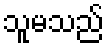
သူမသည်